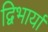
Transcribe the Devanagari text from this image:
द्विभार्या